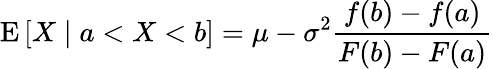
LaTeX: \operatorname{E}\left[X\mid a<X<b\right]=\mu-\sigma^{2}{\frac{f(b)-f(a)}{F(b)-F(a)}}